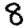
Digit: 8